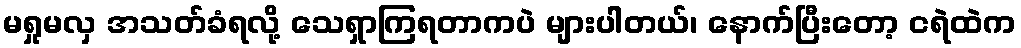
မရှုမလှ အသတ်ခံရလို့ သေရှာကြရတာကပဲ များပါတယ်၊ နောက်ပြီးတော့ ငရဲထဲက